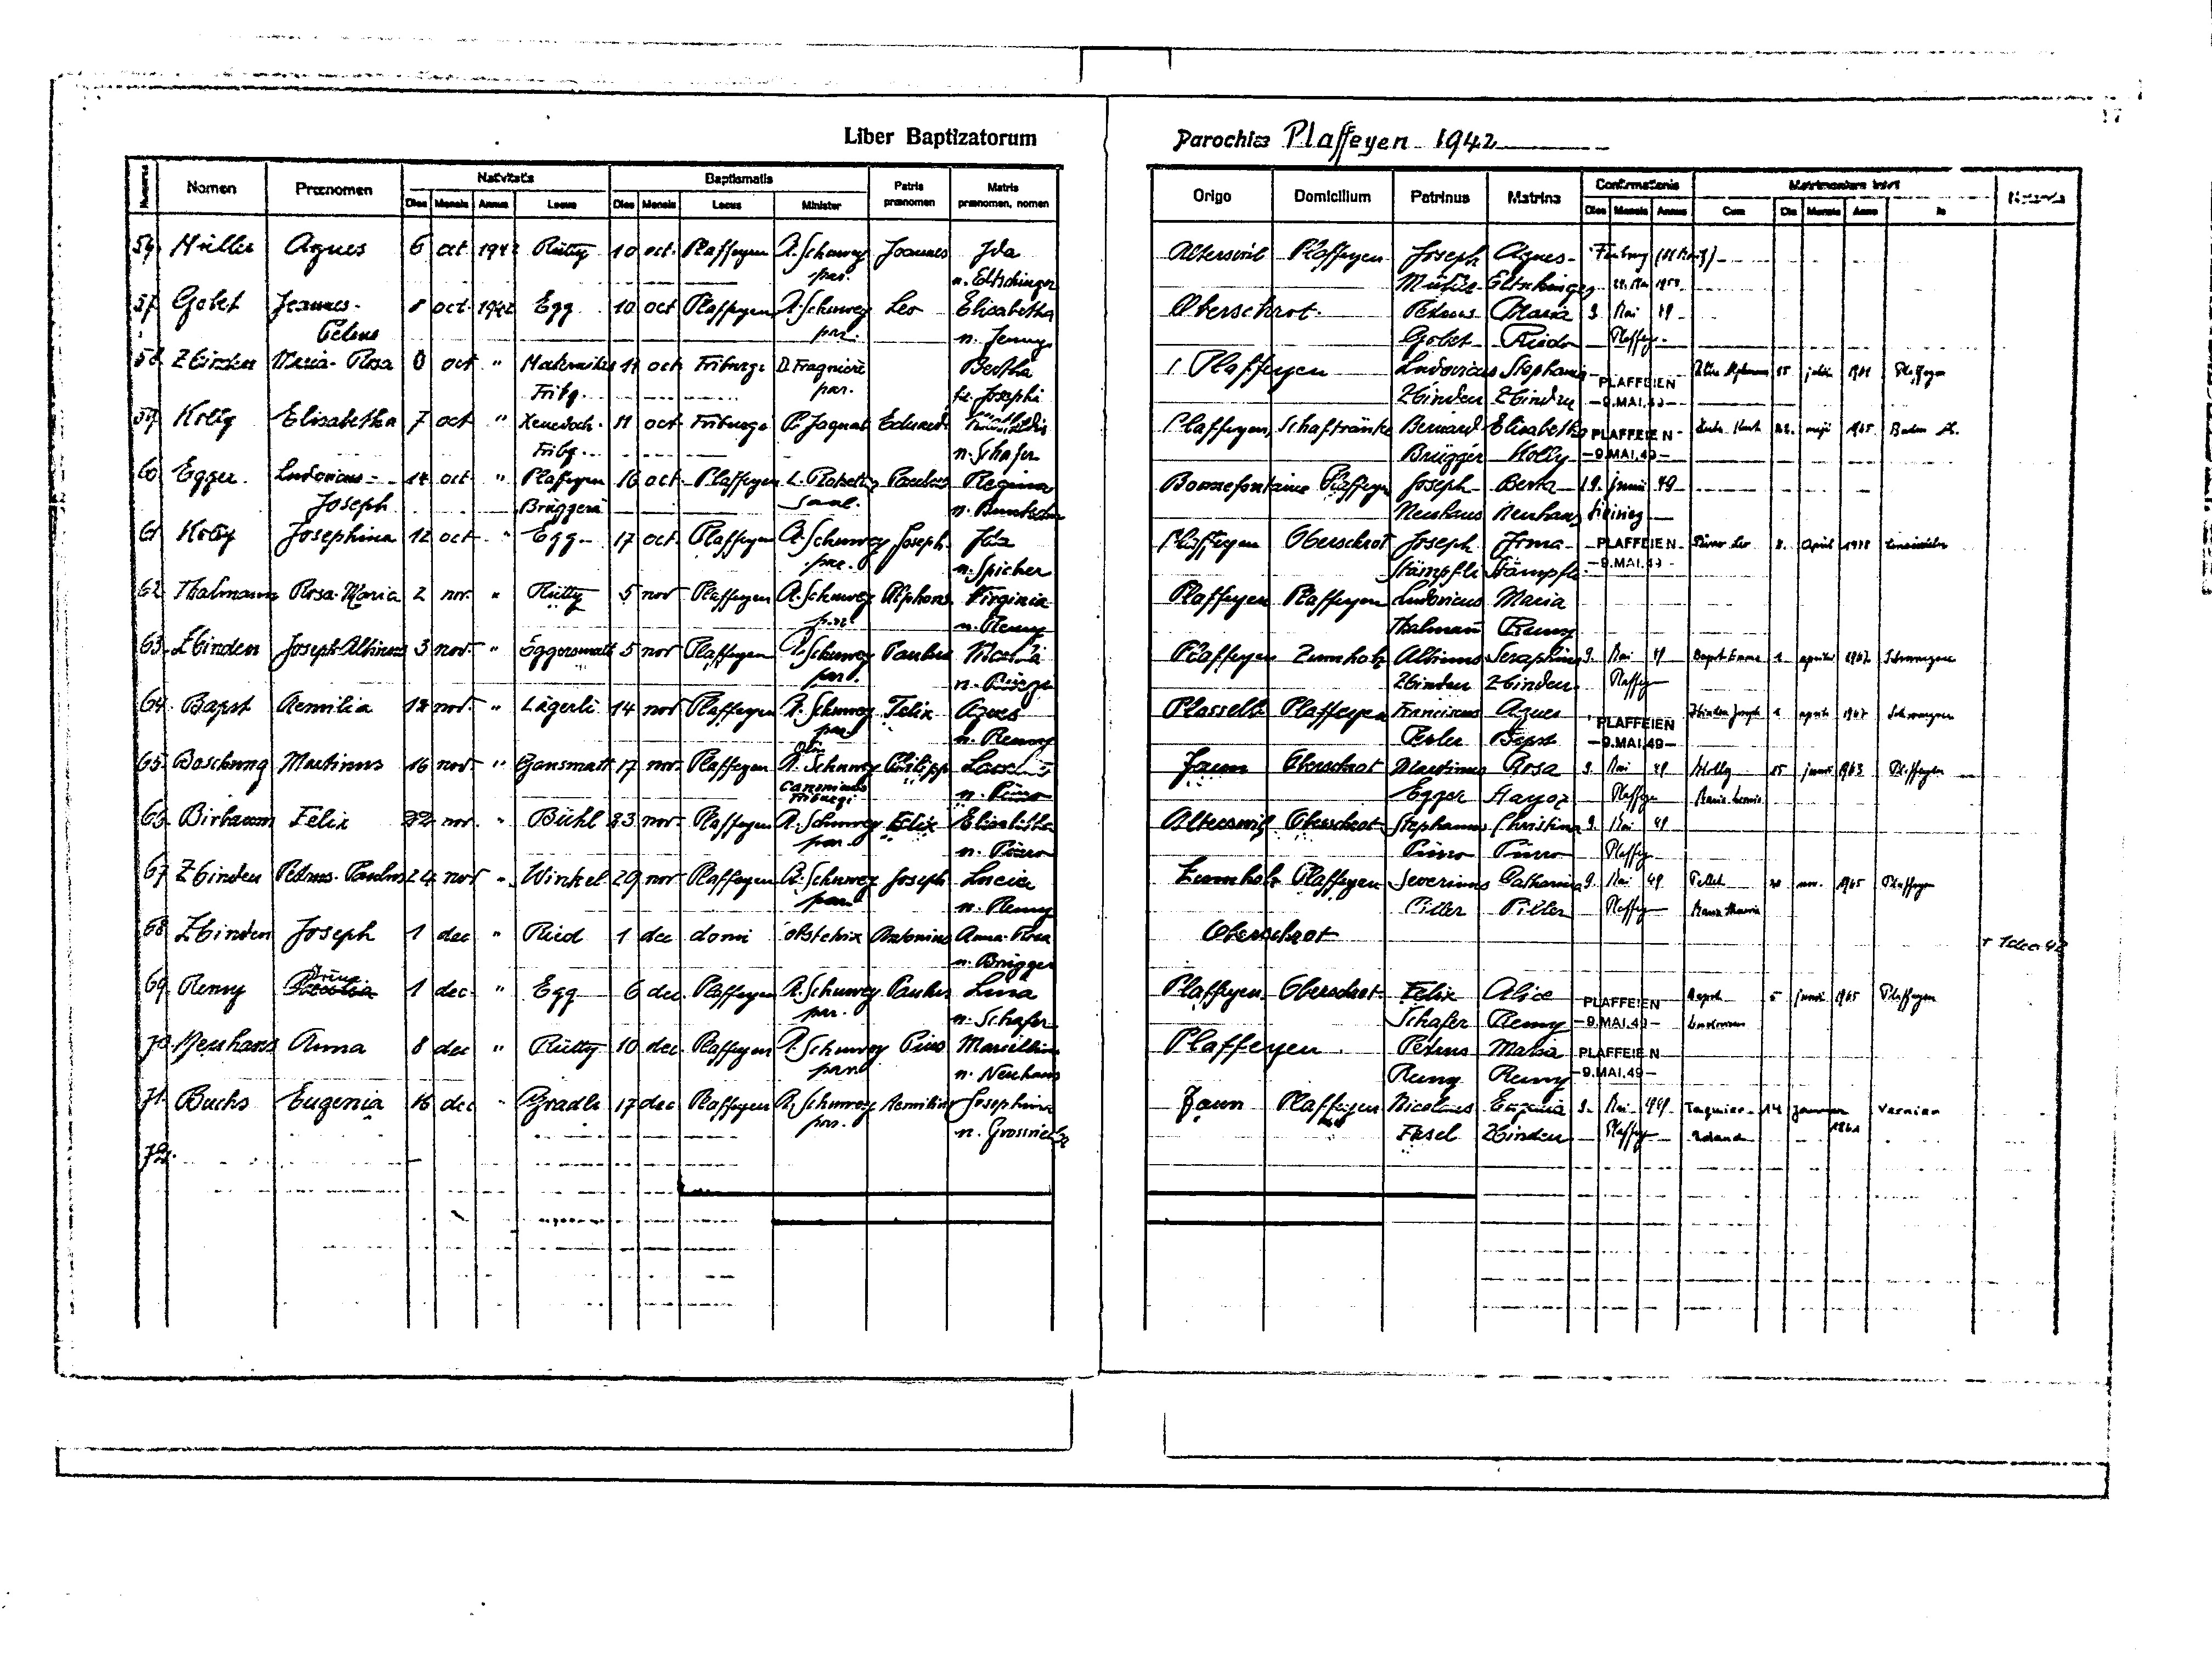
17
Liber Baptizatorum
Parochiae Plaffeyen 1942
Nativitatis
Baptismatis
Confirmationis
Matrimonium Inivit
Patris
Matris
Nomen Praenomen Dies Mensis
Annus Locus
Notanda
Domicilium
Origo
in
praenomen
praenomen, nomen
Dies Mensis Locus
Minister
Patrinus Matrina Dies Mensis Annus Cum Die Mensis Anno
56 Müller Agnes 6 oct. 1942 Rütty 10 oct. Plaffeyen A. Schuwey Joannes Ida
Alterswil Plaffeyen Joseph Agnes Freiburg (St. Moritz)
par.
n. Eltschinger
Müller Eltschinger 29. Mai 1959
57 Gobet Joannes- 5 oct. 1942 Egg 10 oct. Plaffeyen A. Schuewy Leo Elisabetha
Oberschrot. Petrus Maria 9 Mai 49
Petrus
par.
n. Jenny
Gobet Riedo Plaffeyen
58 Zbinden Maria-Rosa 6 oct. " Maternitas 11 oct Friburgi D. Fragnière
Bertha
P Plaffeyen Ludovicus Stephania PLAFFEIEN Piller Alphons 15 Julii 1961 Plaffeyen
par.
Fribg.
fil. Josephi
Zbinden Zbinden -9.MAI.49-
59 Kolly Elisabetha 7 oct " Xenodoch. 11 oct. Friburgi P. Jaquat Eduard. Mathildis
Plaffeyen Schaftränke Bernard. Elisabetha PLAFFEIEN Binder Hauth 22 maji 1965 Bonuhus S
Fribg
n. Schafer
Brügger Kolly -9.MAI.49-
60 Egger Ludovicus - 14 oct. " Plaffeyen 16 oct. Plaffeyen L. Rotzetter Paulus Regina
Bonnefontaine Plaffeyen Joseph Berta 19 juni 49
Sacel.
Joseph
Brüggera
n. Buntschu
Neuhaus Neuhaus Siviriez
61 Kolly Josephina 12 oct. " Egg 17 oct. Plaffeyen A. Schuwey Joseph Ida
Plaffeyen Oberschrot Joseph Irma PLAFFEIEN Pürro Leo 8 April 1978 Einsiedeln
-9.MAI.49-
par.
n. Spicher
Stämpfli Stämpfli
Rütty
62 Thalmann Rosa-Maria 2 nov "
5 nov Plaffeyen A. Schuwey Alphons Virginia
Plaffeyen Plaffeyen Ludovicus Maria
par.
n. Remy
Thalmann Remy
63 Zbinden Joseph Albinus 3 nov. " Eggersmatt 5 nov Plaffeyen A. Schuwey Paulus Martha
Plaffeyen Zumholz Albinus Seraphina 9 Mai 49 Bapst Emma 1 aprili 1967 Schwarzsee
par.
Plaffeyen
n. Bürgi
Zbinden Zbinden
67 Bapst Aemilia 12 nov. " Lägerli 14 nov Plaffeyen A. Schuwey Felix Agnes
Plasselb Plaffeyen Franciscus Agnes PLAFFEIEN Zbinden Joseph 4 aprili 1967 Schwarzsee
par.
n. Remy
Perler Bapst -9.MAI.49-
65 Boschung Martinus 16 nov. " Gansmatt 17 nov Plaffeyen A. Schuwey Philipp Laurentia
Jaun Oberschrot Martinus Rosa 9 Mai 49 Kolly 15 juni 1963 Plaffeyen
canim----
n. Pürro
Friburgi
Egger Hayoz Plaffeyen Maria Leuia
66 Birbaum Felix 22 nov. " Bühl 23 nov Plaffeyen A. Schuwey Felix Elisabetha
Alteswil Oberschrot Stephanus Christina 9. Mai 49
par..
n. Pürro
Pürro Pürro Plaffeyen
67 Zbinden Petrus-Paulus 24 not " Winkel 29 nov Plaffeyen A. Schuwey Joseph Lucia
Zumholz Plaffeyen Severinus Katherina 9 Mai 49 Pellet 26 nov 1965 Plaffeyen
par
n. Remy
Piller Piller Plaffeyen Maria-Theresia
68 Zbinden Joseph 1 dec. " Ried 1 dec Domi obstetrix Antonius Anna-Rosa
Oberschrot
†1 dec. 42
n. Brügger
69 Remy Caecilia 1 dec " Egg 6 dec. Plaffeyen A. Schuwey Paulus Licia
Irène
Plaffeyen Oberschrot Felix Alice PLAFFEIEN Bapst 5 juni 1965 Plaffeyen
par.
n. Schafer
Schafer Remy -9.MAI.49- Ludovicus
70 Neuhaus Anna 8 dec. " Rütty 10 dec Plaffeyen A. Schuwey Pius Marcellina
Plaffeyen Petrus Maria PLAFFEIEN
par
n. Neuhaus
Remy Remy -9.MAI.49-
71. Buchs Eugenia 16 dec " Grabli 17 dec. Plaffeyen A. Schuwey Aemilius Josephina
Jaun Plaffeyen Nicolaus Eugenia 9 Mai 1949 Jaquier 14. Janvier
Verniez
par.
1961
n. Grossrieder
Fasel Zbinden
Roland
72
Plaffeyen